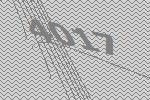
4017